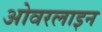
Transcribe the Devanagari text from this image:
ओवरलाइन